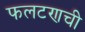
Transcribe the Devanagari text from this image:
फलटणची